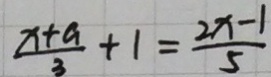
\frac { x + a } { 3 } + 1 = \frac { 2 x - 1 } { 5 }